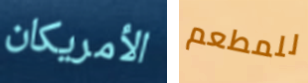
الأمريكان للمطعم